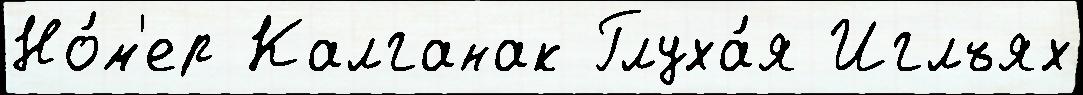
Но́м'ер Калганак Глуха́я Иглъях